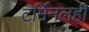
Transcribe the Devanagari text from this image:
टर्मिनलही